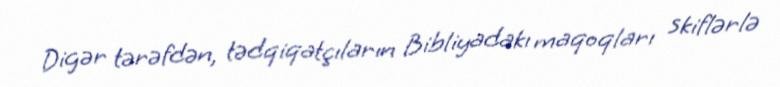
Digər tərəfdən, tədqiqatçıların Bibliyadakı maqoqları skiflərlə